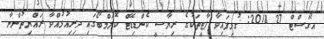
އޯގަސްޓް 27 2018: ގުޅިފައިވާ ޕާޓީތަކުގެ ރިޔާސީ ކެންޑިޑޭޓް ކޮލަމްބޯގައި ދިރިއުޅުއްވާ ރައްޔިތުންނާ